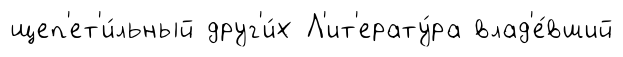
щеп'ет'и́льный друг'и́х Л'ит'ерату́ра влад'е́вший